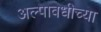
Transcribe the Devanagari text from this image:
अल्पावधीच्या